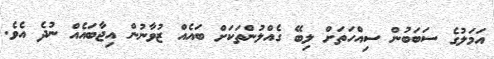
އަމަލުގެ ސަބަބުން ސިއްހަތަށް ލިބޭ ގެއްލުންތަކަށް ބައެއް ޒުވާނުން އިޖާބައެެއް ނުދެ އެވެ.